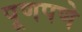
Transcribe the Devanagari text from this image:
पूणपणे